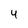
Character: 4